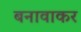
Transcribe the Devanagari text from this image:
बनावाकर